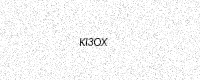
Text: KI3OX